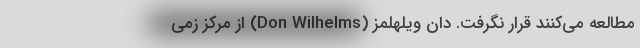
مطالعه می‌کنند قرار نگرفت. دان ویلهلمز (Don Wilhelms) از مرکز زمی